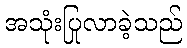
အသုံးပြုလာခဲ့သည်